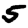
Digit: 5